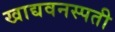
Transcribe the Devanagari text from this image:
खाद्यवनस्पती